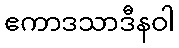
ဧကာဒသာဒီနဝါ